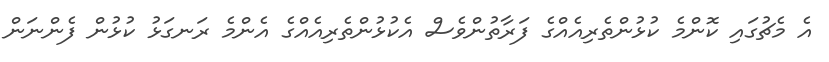
އެ މެޗުގައި ކޮންމެ ކުޅުންތެރިއެއްގެ ފަރާތުންވެސް އެކުޅުންތެރިއެއްގެ އެންމެ ރަނގަޅު ކުޅުން ފެންނަން